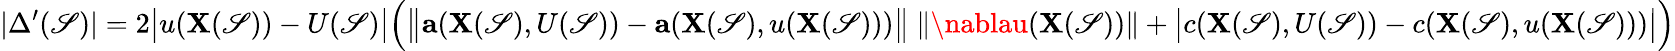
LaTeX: |\Delta^{\prime}(\mathscr{S})|=2{\big|}u(\mathbf{{X}}(\mathscr{S}))-U(\mathscr{S}){\big|}{\Big(}{\big\| }\mathbf{{a}}(\mathbf{{X}}(\mathscr{S}),U(\mathscr{S}))-\mathbf{{a}}(\mathbf{{X}}(\mathscr{S}),u(\mathbf{{X}}(\mathscr{S}))){\big\| }\ \| \nablau(\mathbf{{X}}(\mathscr{S}))\| +{\big|}c(\mathbf{{X}}(\mathscr{S}),U(\mathscr{S}))-c(\mathbf{{X}}(\mathscr{S}),u(\mathbf{{X}}(\mathscr{S}))){\big|}{\Big)}